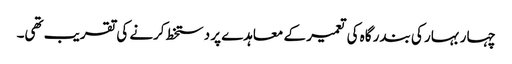
چہار بہار کی بندر گاہ کی تعمیر کے معاہدے پر دستخط کرنے کی تقریب تھی۔